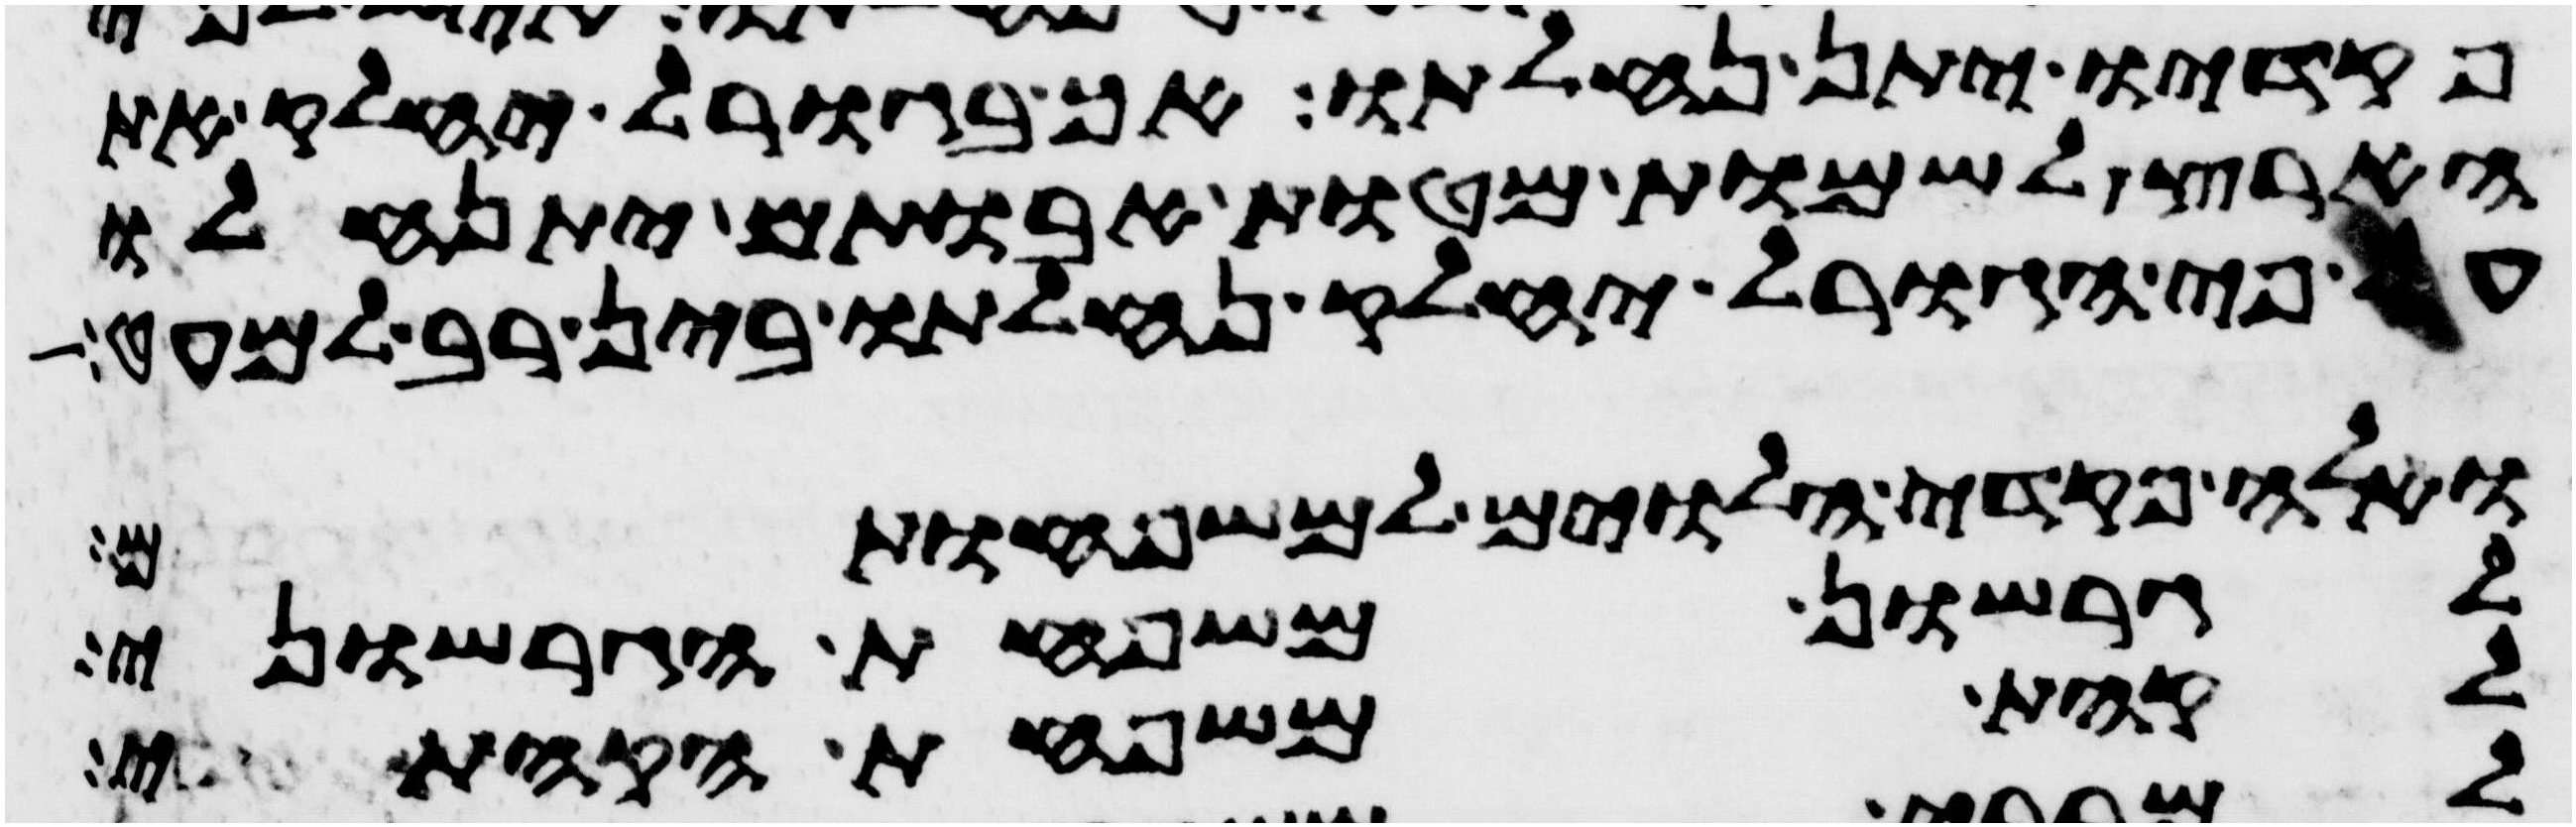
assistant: פקדיו יתן נחלתו אך בגורל יחלק את
הארץ לשמות מטות אבתיכם יתנחלו
על פי הגורל יחלק נחלתו בין רב למעט
ואלה פקדי הלוים למשפחותם
לגרשון משפחת הגרשוני
לקהת משפחת הקהתי